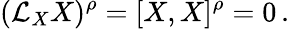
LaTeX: ({\mathcal{L}}_{X}X)^{\rho}=[X,X]^{\rho}=0\, .